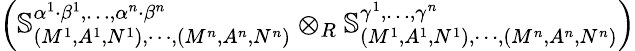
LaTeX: \left(\mathbb{S}_{(M^{1},A^{1},N^{1}),\cdots,(M^{n},A^{n},N^{n})}^{\alpha^{1}\cdot\beta^{1},\dots,\alpha^{n}\cdot\beta^{n}}\otimes_{R}\mathbb{S}_{(M^{1},A^{1},N^{1}),\cdots,(M^{n},A^{n},N^{n})}^{\gamma^{1},\dots,\gamma^{n}}\right)